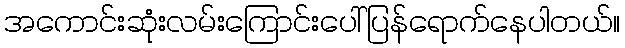
အကောင်းဆုံးလမ်းကြောင်းပေါ်ပြန်ရောက်နေပါတယ်။